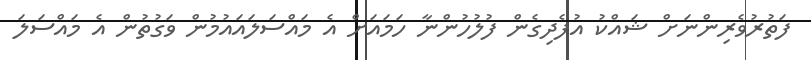
ފަތުރުވެރިންނަށް ޝައްކު އުފެދިގެން ފުލުހުންނާ ހަމައަށް އެ މައްސަލައައުމުން ވަގުތުން އެ މައްސަލަ